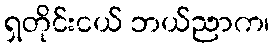
ရှတိုင်းငယ် ဘယ်ညာက၊